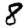
Digit: 8